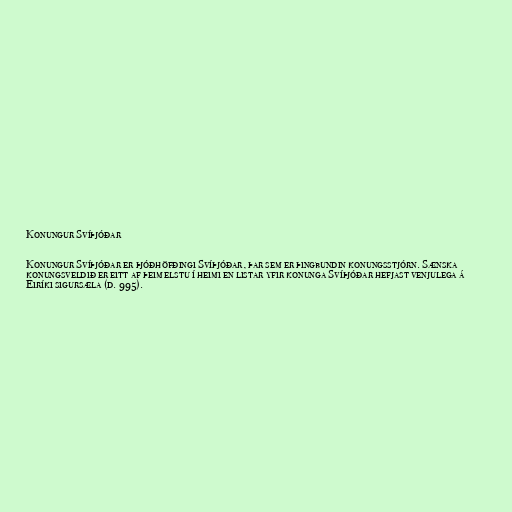
Konungur Svíþjóðar

Konungur Svíþjóðar er þjóðhöfðingi Svíþjóðar, þar sem er þingbundin konungsstjórn. Sænska
konungsveldið er eitt af þeim elstu í heimi en listar yfir konunga Svíþjóðar hefjast venjulega á
Eiríki sigursæla (d. 995).